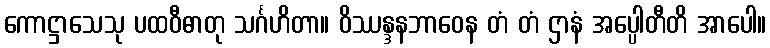
ကောဋ္ဌာသေသု ပထဝီဓာတု သင်္ဂဟိတာ။ ဝိဿန္ဒနဘာဝေန တံ တံ ဌာနံ အပ္ပေါတီတိ အာပေါ။